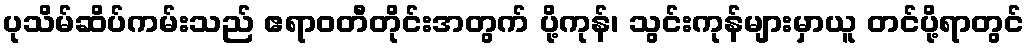
ပုသိမ်ဆိပ်ကမ်းသည် ဧရာဝတီတိုင်းအတွက် ပို့ကုန်၊ သွင်းကုန်များမှာယူ တင်ပို့ရာတွင်